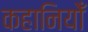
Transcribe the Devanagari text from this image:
कहानियोँ